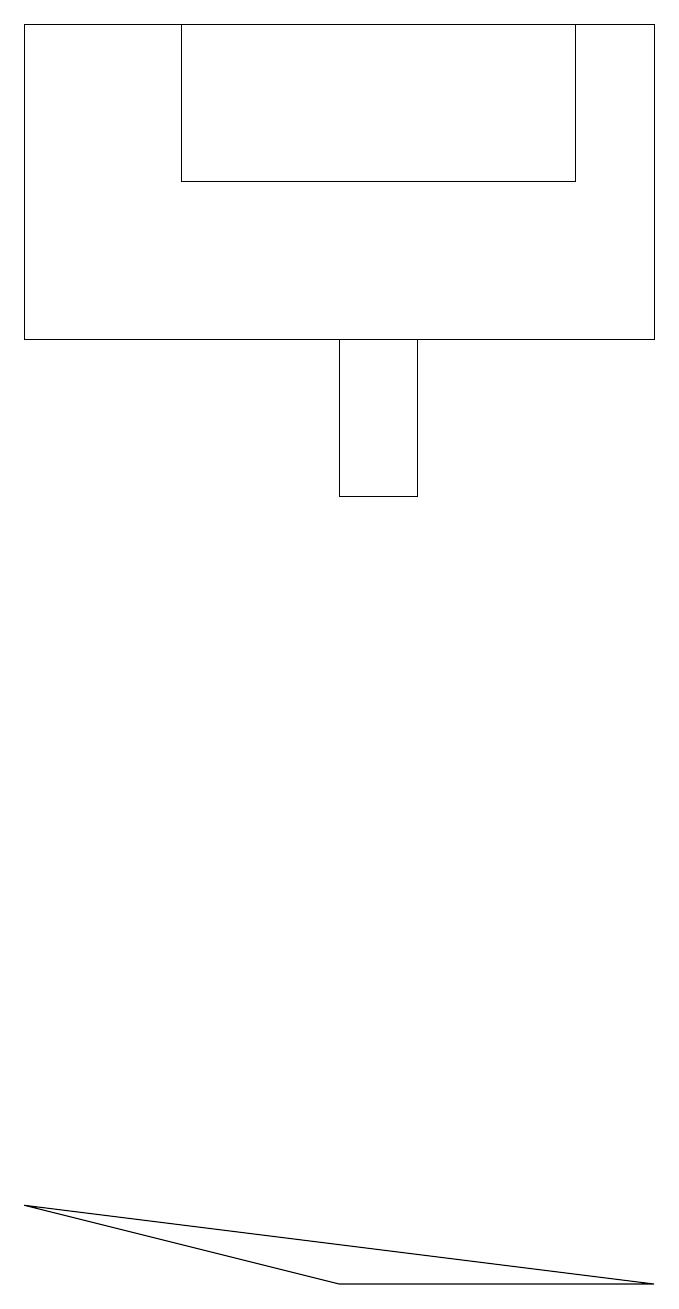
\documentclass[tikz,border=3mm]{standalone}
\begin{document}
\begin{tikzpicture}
\draw (9,18) rectangle (1,14);
\draw (9,2) -- (1,3) -- (5,2) -- cycle;
\draw (5,14) rectangle (6,12);
\draw (3,16) rectangle (8,18);
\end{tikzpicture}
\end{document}